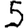
Digit: 5